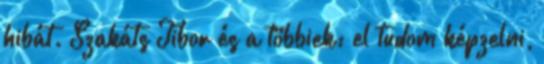
hibát. Szakáts Tibor és a többiek: el tudom képzelni,